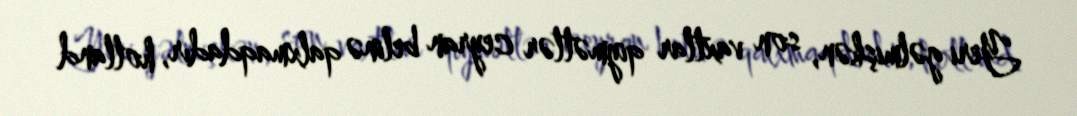
Yeri gəlmişkən, son vaxtlar qiymətlər ceyran belinə qalxmaqdadır, holland